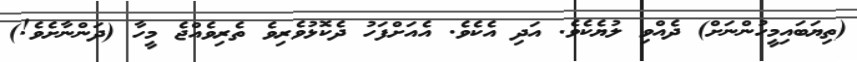
(ތިޔަބައިމީހުންނަށް) ދެއްވި ލުޔެކެވެ. އަދި އެކެވެ. އެއަށްފަހު ދެކޮޅުވެރިވެ ތެރިވެއްޖެ މީހާ (ދަންނާށެވެ!)